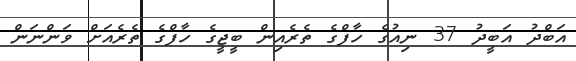
އަބްދު އަބީދު 37 ނިއުގެ ހާފްގެ ތެރެއިން ބީޖީގެ ހާފްގެ ތެރެއަށް ވަންނަން